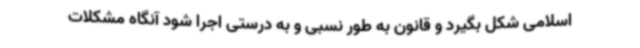
اسلامی شکل بگیرد و قانون به طور نسبی و به درستی اجرا شود آنگاه مشکلات